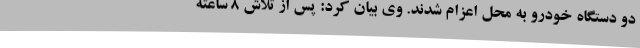
دو دستگاه خودرو به محل اعزام شدند. وی بیان کرد: پس از تلاش 8 ساعته